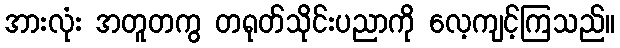
အားလုံး အတူတကွ တရုတ်သိုင်းပညာကို လေ့ကျင့်ကြသည်။